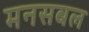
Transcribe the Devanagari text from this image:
मनसबल